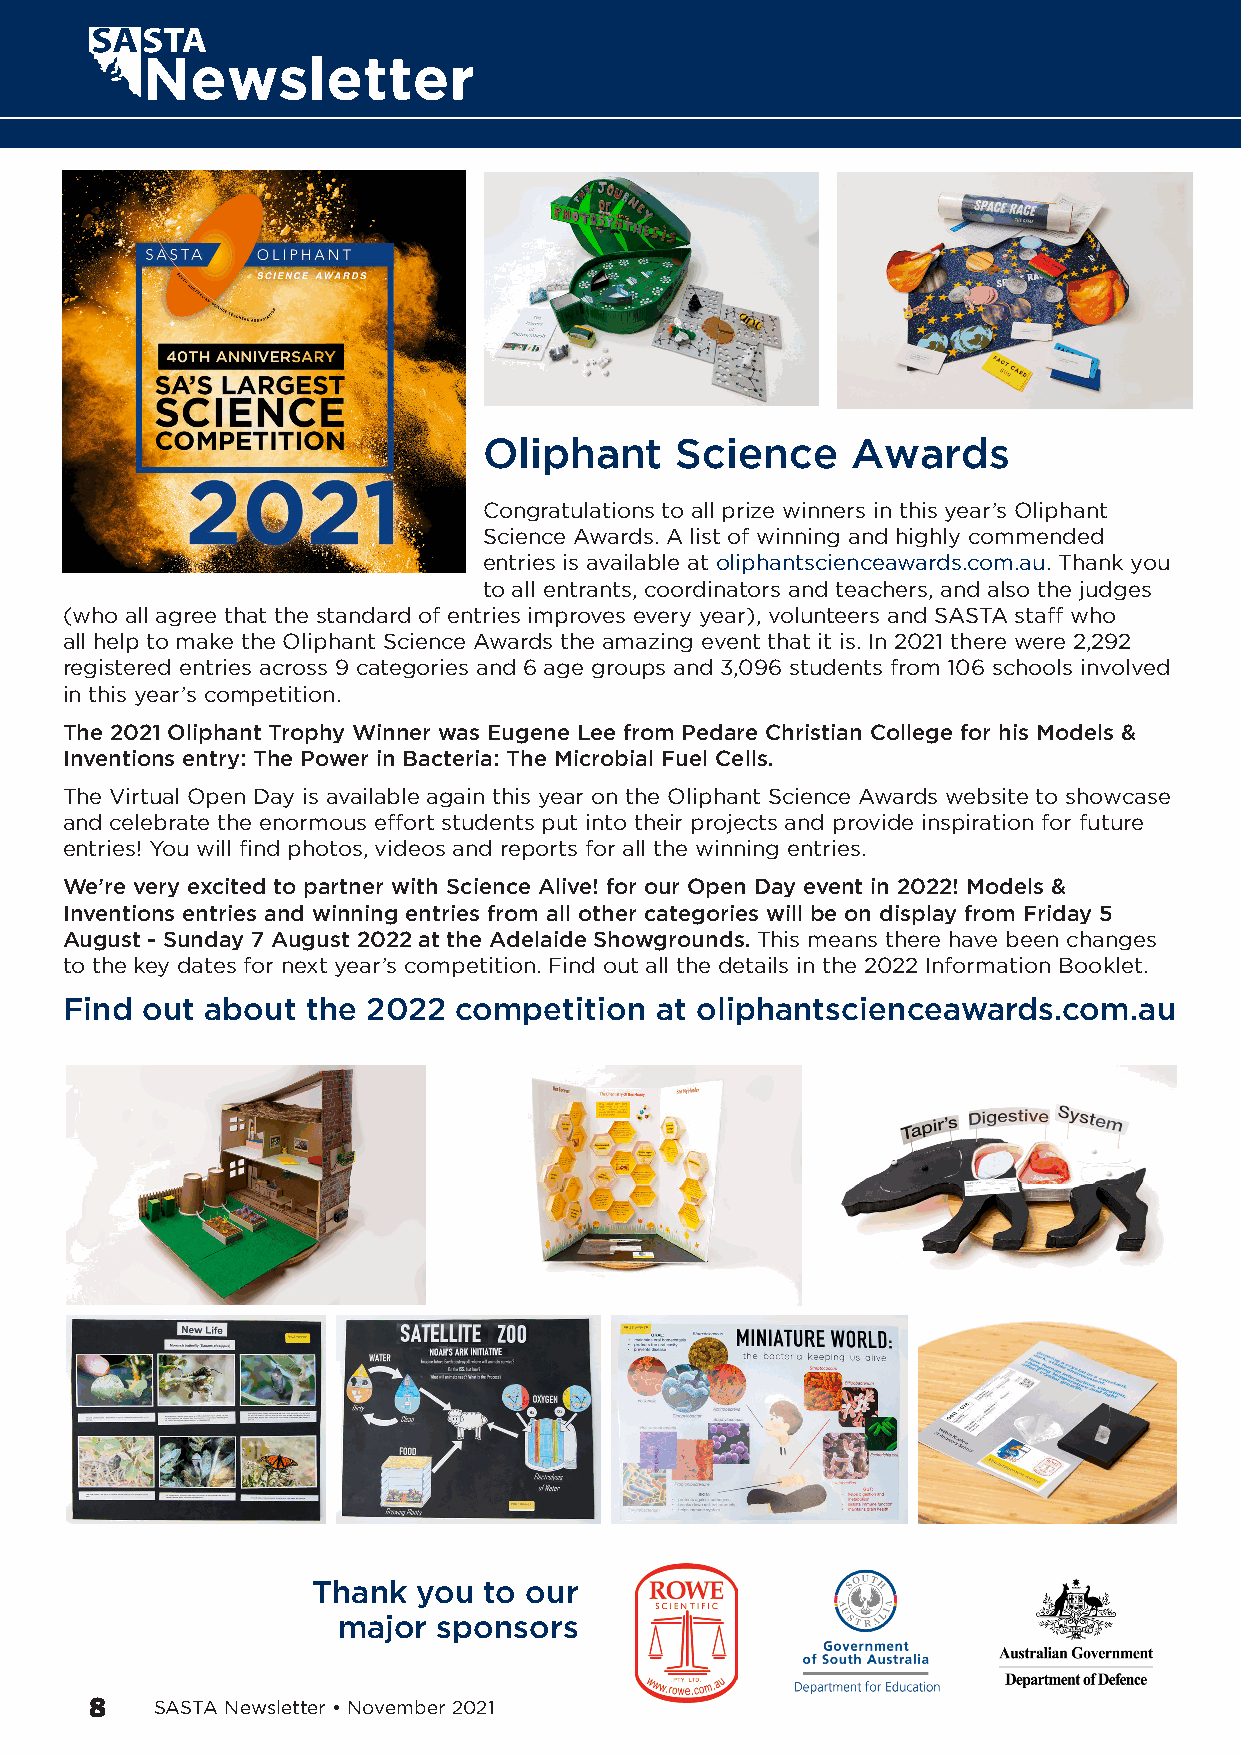
Oliphant     Science    Awards
 Congratulations to all prize winners in this year’s Oliphant
 Science Awards. A list of winning and highly commended
 entries is available at oliphantscienceawards.com.au. Thank you
 to all entrants, coordinators and teachers, and also the judges
 (who all agree that the standard of entries improves every year), volunteers and SASTA staff who
 all help to make the Oliphant Science Awards the amazing event that it is. In 2021 there were 2,292
 registered entries across 9 categories and 6 age groups and 3,096 students from 106 schools involved
 in this year’s competition.
 The 2021 Oliphant Trophy Winner was Eugene Lee from Pedare Christian College for his Models &
 Inventions entry: The Power in Bacteria: The Microbial Fuel Cells.
 The Virtual Open Day is available again this year on the Oliphant Science Awards website to showcase
 and celebrate the enormous effort students put into their projects and provide inspiration for future
 entries! You will find photos, videos and reports for all the winning entries.
 We’re very excited to partner with Science Alive! for our Open Day event in 2022! Models &
 Inventions entries and winning entries from all other categories will be on display from Friday 5
 August - Sunday 7 August 2022 at the Adelaide Showgrounds. This means there have been changes
 to the key dates for next year’s competition. Find out all the details in the 2022 Information Booklet.
 Find out  about the 2022  competition  at oliphantscienceawards.com.au
 Thank  you to our
 major  sponsors
 8   SASTA Newsletter • November 2021